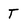
Character: T